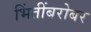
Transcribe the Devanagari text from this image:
भिंतींबरोबर